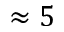
\approx 5